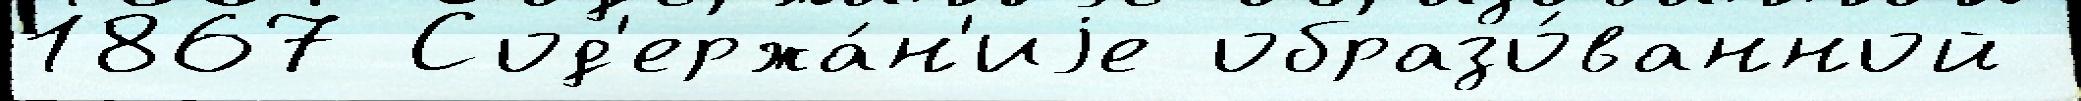
1867 Сод'ержа́н'иjе образо́ванной